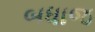
બધાજ